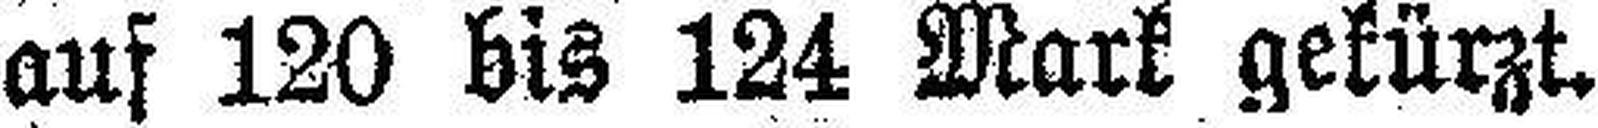
auf 120 bis 124 Mark gekürzt.